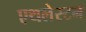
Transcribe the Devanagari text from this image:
एथलेस्टन